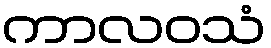
ကာလဝသံ